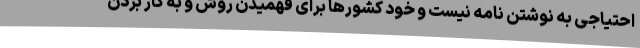
احتیاجی به نوشتن نامه نیست و خود کشورها برای فهمیدن روش و به کار بردن